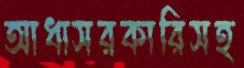
আধাসরকারিসহ